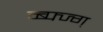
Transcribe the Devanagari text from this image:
व्ब्फ्ज्ग्